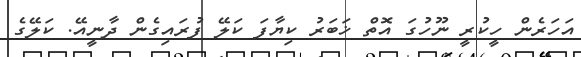
އަހަރެން ހީކުރީ ނޫހުގަ އޮތް ޚަބަރު ކިޔާފަ ކަލޭ ފުރައިގެން ދާނީއޭ. ކަލޭގެ